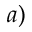
^ { a ) }